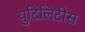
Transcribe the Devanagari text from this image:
युटिलिटीस